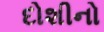
દોશીનો